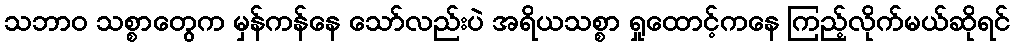
သဘာဝ သစ္စာတွေက မှန်ကန်နေ သော်လည်းပဲ အရိယသစ္စာ ရှုထောင့်ကနေ ကြည့်လိုက်မယ်ဆိုရင်